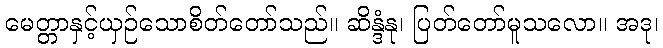
မေတ္တာနှင့်ယှဉ်သောစိတ်တော်သည်။ ဆိန္ဒံနု၊ ပြတ်တော်မူသလော။ အဒု၊